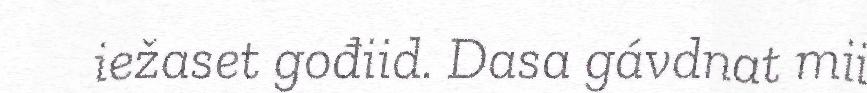
iežaset gođiid. Dasa gávdnat mii